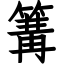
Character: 篝